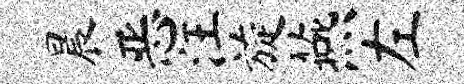
晨恶汪旋燕左